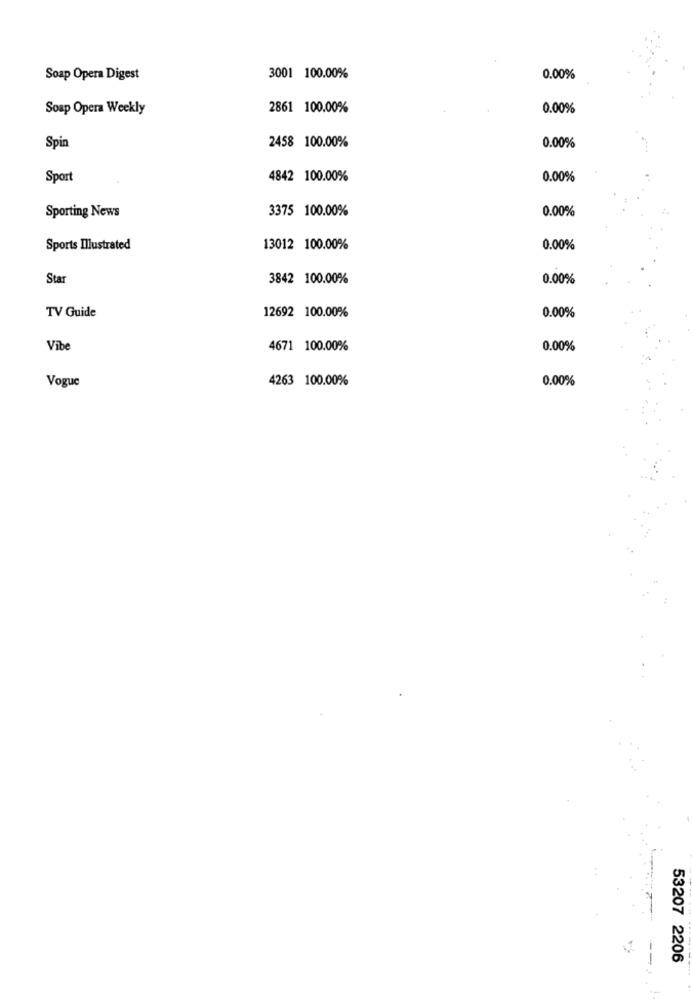
Soap Opera Digest
3001 100.00%
0.00%
Soap Opera Weekly
2861 100.00%
0.00%
2458 100.00%
Spin
0.00%
Sport
4842 100.00%
0.00%
Sporting News
3375 100.00%
0.00%
Sports Illustrated
13012 100.00%
0.00%
Star
3842 100.00%
0.00%
TV Guide
12692 100.00%
0.00%
Vibe
4671 100.00%
0.00%
Vogue
4263 100.00%
0.00%
53207 2206